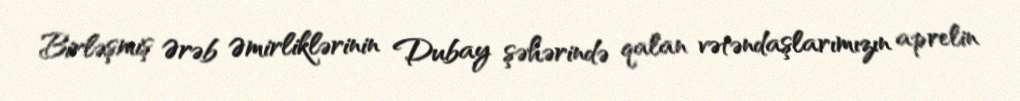
Birləşmiş Ərəb Əmirliklərinin Dubay şəhərində qalan vətəndaşlarımızın aprelin